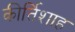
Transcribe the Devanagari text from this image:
कीर्तिशाह